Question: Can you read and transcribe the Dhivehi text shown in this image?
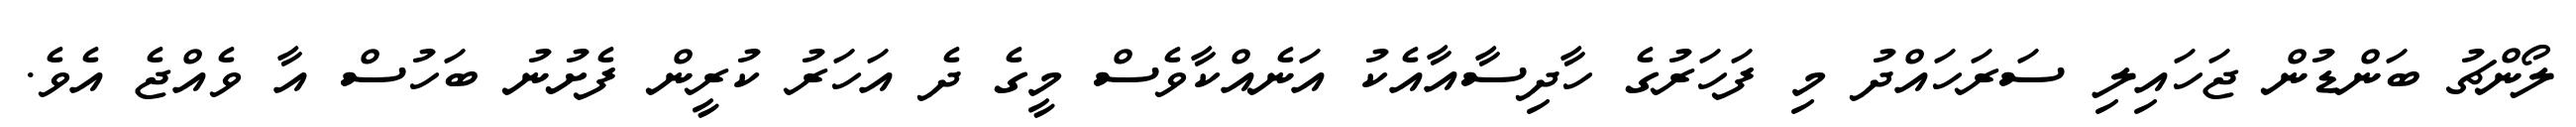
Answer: ލޯންޗު ބަންޑުން ޖަހައިލި ސަރަހައްދު މި ފަހަރުގެ ހާދިސާއާއެކު އަނެއްކާވެސް މީގެ ދެ އަހަރު ކުރީން ފެށުނު ބަހުސް އާ ވެއްޖެ އެވެ.